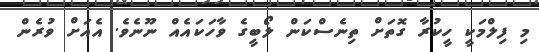
މި ފިލްމަކީ ހީކުރާ ގޮތަށް ތިނެސްކަން ލޯބީގެ ވާހަކައެއް ނޫނެވެ. އެއަށް ވުރެން